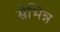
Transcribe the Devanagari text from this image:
सेभिन्न